Lunatic asylums Madras 1892-1911 - 1892-1911
Year: 1892
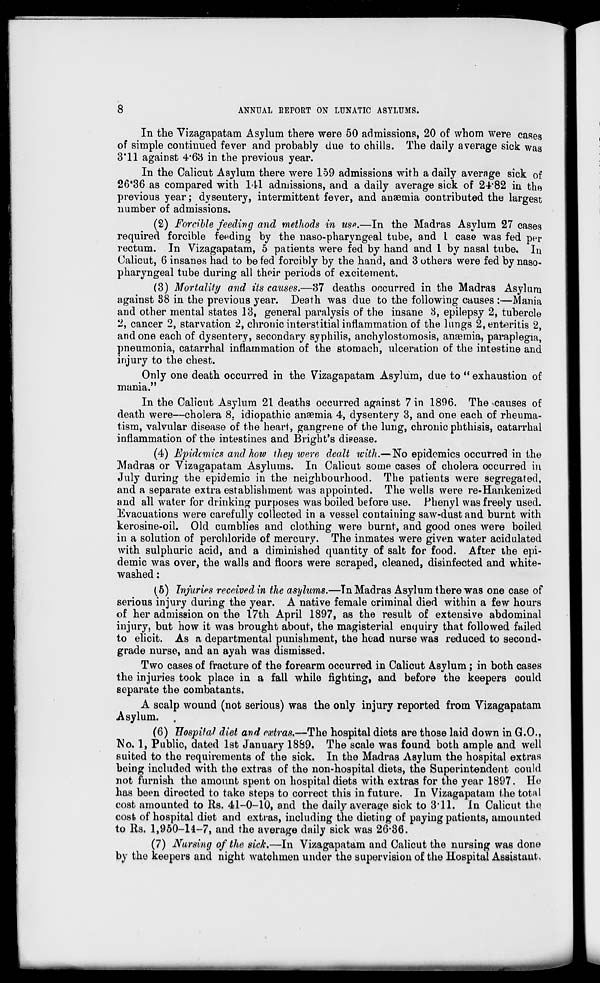
8
ANNUAL EEPORT ON LUNATIC ASYLUMS.
In the Vizagapatam Asylum there were 50 admissions, 20 of whom were cases
of simple continued fever and probably due to chills. The daily average sick was
3*11 against 4*63 in the previous year.
In the Calicut Asylum there were 159 admissions with a daily avernge sick of
26*36 as compared with 141 admissions, and a daily average sick of 24'82 in the
previous year; dysentery, intermittent fever, and anaemia contributed the largest
number of admissions.
(2) Forcible feeding and methods in use.—In the Madras Asylum 27 cases
required forcible feeding by the naso-pharyngeal tube, and 1 case was fed per
rectum. In Vizagapatam, 5 patients were fed by hand and 1 by nasal tube. In
Calicut, 6 insanes had to be fed forcibly by the hand, and 3 others were fed by naso-
pharyngeal tube during all their periods of excitement.
(3) Mortality and its causes.—37 deaths occurred in the Madras Asylum
against 38 in the previous year. Death was due to the following causes :—Mania
and other mental states 13, general paralysis of the insane 8, epilepsy 2, tubercle
2, cancer 2, starvation 2, chronic interstitial inflammation of the lungs 2, enteritis 2,
and one each of dysentery, secondary syphilis, anchylostomosis, anaemia, paraplegia,
pneumonia, catarrhal inflammation of the stomach, ulceration of the intestine and
injury to the chest.
Only one death occurred in the Vizagapatam Asylum, due to " exhaustion of
mania."
In the Calicut Asylum 21 deaths occurred against 7 in 1896. The causes of
death were—cholera 8. idiopathic anaemia 4, dysentery 3, and one each of rheuma-
tism, valvular disease of the heart, gangrene of the lung, chronic phthisis, catarrhal
inflammation of the intestines and Bright's disease.
(4) Epidemics and how they were dealt with.—No epidemics occurred in the
Madras or Vizagapatam Asylums. In Calicut some cases of cholera occurred in
July during the epidemic in the neighbourhood. The patients were segregated,
and a separate extra establishment was appointed. The wells were re-Hankenized
and all water for drinking purposes was boiled before use. Phenyl was freely used.
Evacuations were carefully collected in a vessel containing saw-dust and burnt with
kerosine-oil. Old cumblies and clothing were burnt, and good ones were boiled
in a solution of perchloride of mercury. The inmates were given water acidulated
with sulphuric acid, and a diminished quantity of salt for food. After the epi-
demic was over, the wails and floors were scraped, cleaned, disinfected and white-
washed :
(5) Injuries received in the asylums.—Tn Madras Asylum there was one case of
serious injury during the year. A native female criminal died within a few hours
of her admission on the 17th April 1897, as the result of extensive abdominal
injury, but how it was brought about, the magisterial enquiry that followed failed
to elicit. As a departmental punishment, the head nurse was reduced to second-
grade nurse, and an ayah was dismissed.
Two cases of fracture of the forearm occurred in Calicut Asylum ; in both cases
the injuries took place in a fall while fighting, and before the keepers could
separate the combatants.
A scalp wound (not serious) was the only injury reported from Vizagapatam
Asylum.
(6) Hospital diet and extras.—The hospital diets are those laid down in CO.,
Wo. 1, Public, dated 1st January 1889. The scale was found both ample and well
suited to the requirements of the sick. In the Madras Asylum the hospital extras
being included with the extras of the non-hospital diets, the Superintendent could
not furnish the amount spent on hospital diets with extras for the year 1897. He
has been directed to take steps to correct this in future. In Vizagapatam the total
cost amounted to Rs. 41-0-10, and the daily average sick to 3*11. In Calicut the
cost of hospital diet and extras, including the dieting of paying patients, amounted
to Rs. 1,950-14-7, and the average daily sick was 26*36.
(7) Nursing of the sick.—In Vizagapatam and Calicut the nursing was done
by the keepers and night watchmen under the supervision of the Hospital Assistant,